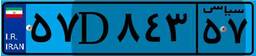
۵۷D۸۴۳۵۷